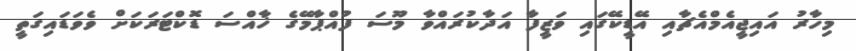
މިހާރު އައިޖީއެމްއެޗާއި އޭޑީކޭގައި ވަޒީފާ އަދާކުރައްވާ މޫސަ ފުއްޕާމޭގެ ޚާއްސަ ޑޮކްޓަރަކަށް ވެވަޑައިގަތީ